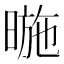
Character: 暆